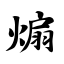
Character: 煽